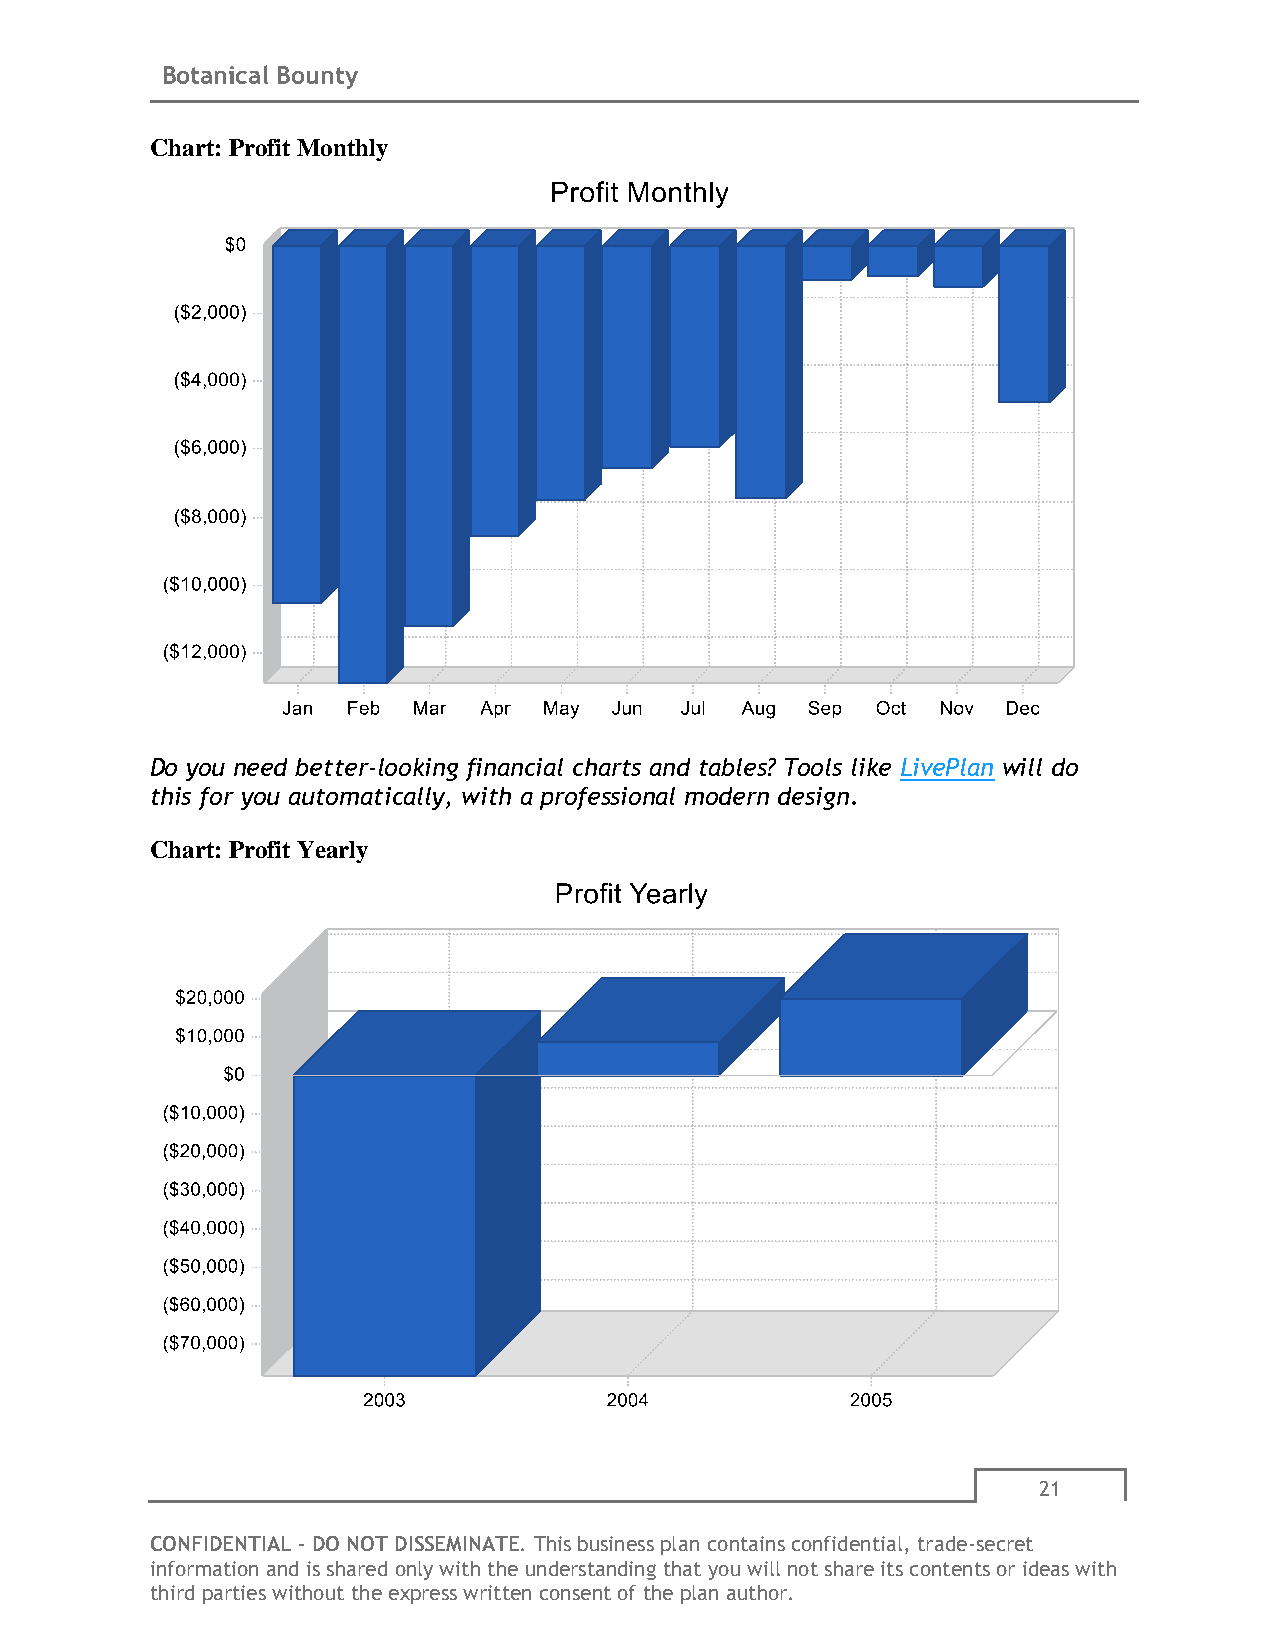
Botanical Bounty
 Chart: Profit Monthly
 Do you need better-looking financial charts and tables? Tools like LivePlan will do
 this for you automatically, with a professional modern design.
 Chart: Profit Yearly
 21
 CONFIDENTIAL - DO NOT DISSEMINATE. This business plan contains confidential, trade-secret
 information and is shared only with the understanding that you will not share its contents or ideas with
 third parties without the express written consent of the plan author.